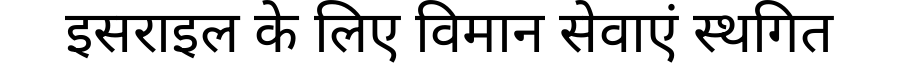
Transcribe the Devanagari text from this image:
इसराइल के लिए विमान सेवाएं स्थगित